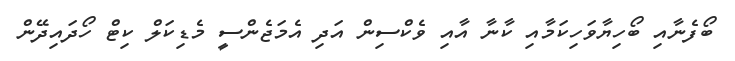
ބޯފެނާއި ބޯހިޔާވަހިކަމާއި ކާނާ އާއި ވެކްސިން އަދި އެމަޖެންސީ މެޑިކަލް ކިޓް ހޯދައިދޭން